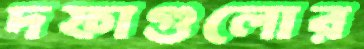
দফাগুলোর